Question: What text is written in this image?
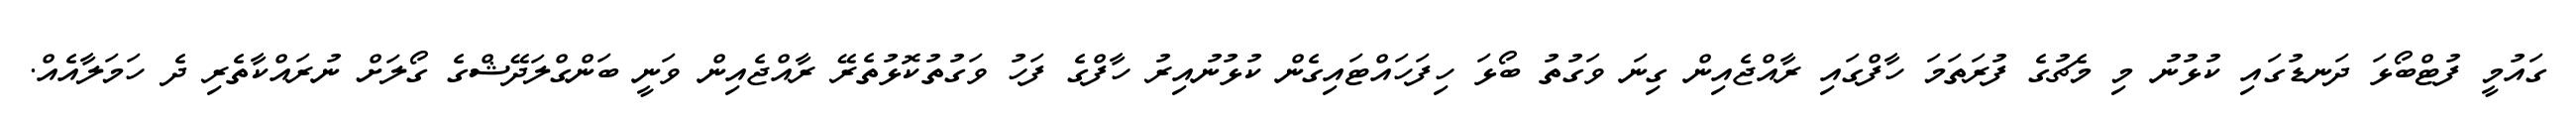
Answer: ގައުމީ ފުޓްބޯޅަ ދަނޑުގައި ކުޅުނު މި މެޗުގެ ފުރަތަމަ ހާފްގައި ރާއްޖެއިން ގިނަ ވަގުތު ބޯޅަ ހިފަހައްޓައިގެން ކުޅުނުއިރު ހާފްގެ ފަހު ވަގުތުކޮޅުތެރޭ ރާއްޖެއިން ވަނީ ބަންގްލަދޭޝްގެ ގޯލަށް ނުރައްކާތެރި ދެ ހަމަލާއެއް.